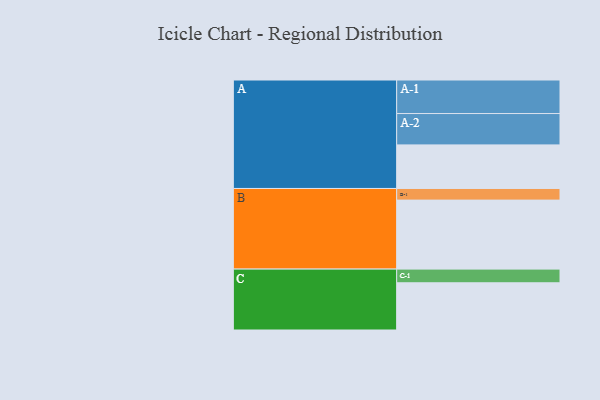
{"axis": {"x": "Segment", "y": "Value"}, "legend": ["", "A", "B", "C"], "data": [{"x": "A", "y": 360, "type": ""}, {"x": "B", "y": 570, "type": ""}, {"x": "C", "y": 390, "type": ""}, {"x": "A-1", "y": 277, "type": "A"}, {"x": "A-2", "y": 259, "type": "A"}, {"x": "B-1", "y": 96, "type": "B"}, {"x": "C-1", "y": 113, "type": "C"}]}